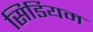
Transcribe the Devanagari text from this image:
सिडियम